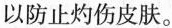
以防止灼伤皮肤。